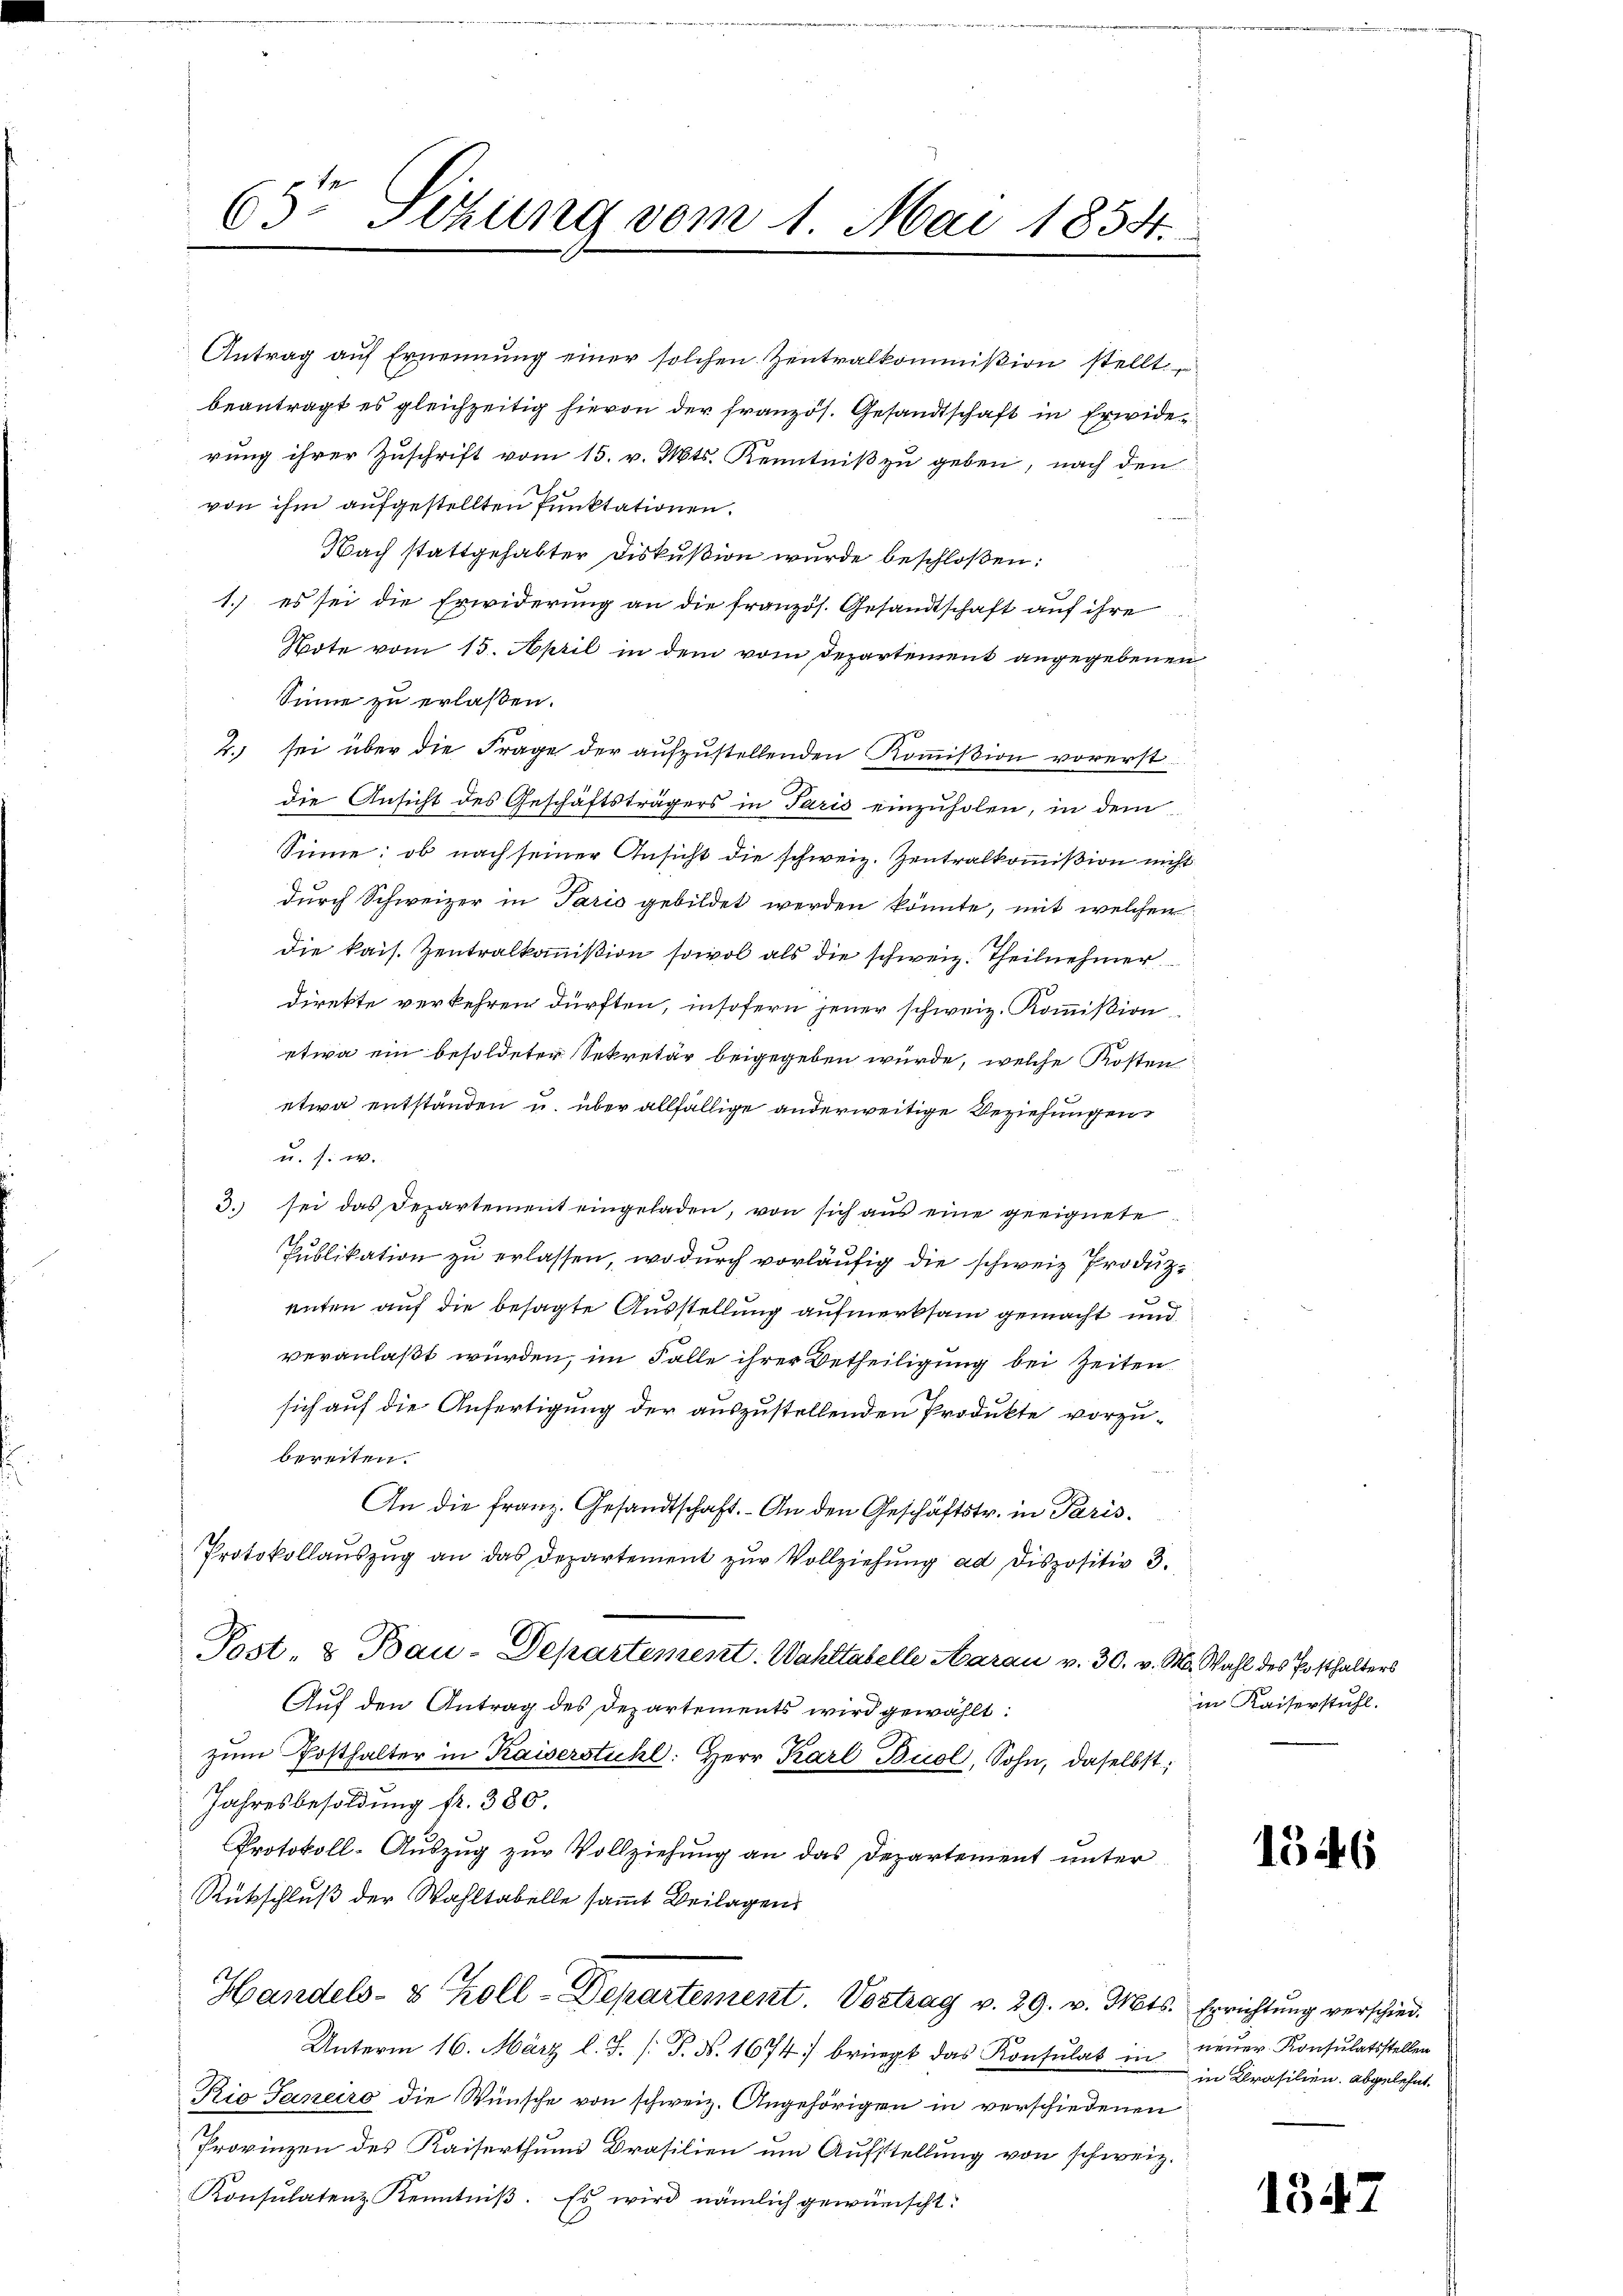
63te Sitzung vom 1. Mai 1854.

1. es sei die Erwiderung an die französ. Gesandtschaft auf ihre
Note vom 15. April in dem vom Departement angegebenen
Sinne zu erlaßen.
2.) sei über die Frage der aufzustellenden Kommißion vorerstdie Ansicht des Geschäftsträgers in Paris einzuholen, in dem
Sinne: ob nach seiner Ansicht die schweiz. Zentralkommißion nicht
durch Schweizer in Paris gebildet werden könnte, mit welchen
die kais. Zentralkommißion sowol als die schweiz. Theilnehmer
direkte verkehren dürften, insofern jener schweiz. Kommißion
etwa ein besoldeter Sekretär beigegeben würde, welche Kosten
etwa entstanden u. über allfällige anderweitige Beziehungen
u. s. w.
3. sei das Departement eingeladen, von sich aŭs eine geeignete
Publikation zu erlassen, wodurch vorläufig die schweiz. Produzenten auf die besagte Ausstellung aufmerksam gemacht und
veranlaßt wurden, im Falle ihrer Betheiligung bei Zeiten
sich auf die Anfertigung der auszustellenden Produkte vorzu-
bereiten.
An die franz. Gesandtschaft. An den Geschäftstr. in Paris¬
Protokollaŭszŭg an das Departement zŭr Vollziehŭng ad dispositiv 3.
Post- & Bau-Departement. Wahltabelle Aarau v. 30. v. M. Wahl des Posthalters
Auf den Antrag des Departements wird gewählt:
zŭm Posthalter in Kaiserstühl: Herr Karl Buol, Sohn, daselbst,
Jahresbesoldung fr. 380.
Protokoll-Aŭszŭg zŭr Vollziehŭng an das Departement ŭnter
Rückschluß der Wahltabelle sammt Beilagen
Handels- & Koll-Departement. Vortrag v. 29. v. Mts. Errichtŭng verschied.
Unterm 16. März l. J. (T. N. 1674 bringt das Konsulat in neuer Konsulatsstellen
Kio Janeiro die Wünsche von schweiz. Angehörigen in verschiedenen
Provinzen des Kaiserthum Brasilien um Aufstellung von schweiz.
Konsulatenz Kenntniβ. Es wird nämlich gewünscht.

Antrag aŭf Ernennung einer solchen Zentralkommißion stellt
beantragt es gleichzeitig hievon der französ. Gesandtschaft in Erwiderung ihrer Zuschrift vom 15. v. Mts. Kenntniß zu geben, nach den
von ihm aufgestellten Punktationen.
s
Nach stattgehabter Diskußion wurde beschloßen:

in Kaiserstuhl.

1346

in Krasilien, abgelehnt.

1547